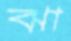
ঝা